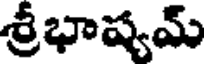
శ్రీభాష్యమ్